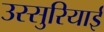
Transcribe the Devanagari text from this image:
उस्सुरियाई